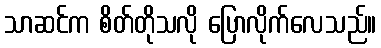
သာဆင်က စိတ်တိုသလို ပြောလိုက်လေသည်။